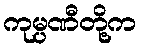
ကုမ္ပဏီတို့က